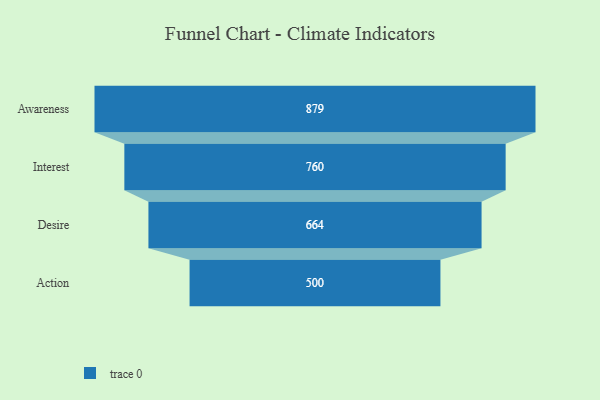
{"axis": {"x": "Stage", "y": "Value"}, "legend": [""], "data": [{"x": "Awareness", "y": 879.0, "type": ""}, {"x": "Interest", "y": 760.0, "type": ""}, {"x": "Desire", "y": 664.0, "type": ""}, {"x": "Action", "y": 500, "type": ""}]}